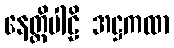
နေတ္တိပါဠိ အဋ္ဌကထာ